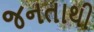
જનતાથી